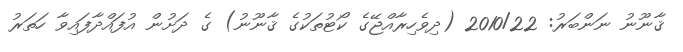
ޤާނޫނު ނަންބަރު: 2010/22 (ދިވެހިރާއްޖޭގެ ކޯޓުތަކުގެ ޤާނޫނު) ގެ ދަށުން އުފައްދާފައިވާ ހަތަރު